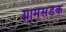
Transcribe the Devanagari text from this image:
ग्रामसडक